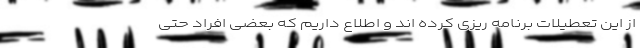
از این تعطیلات برنامه ریزی کرده اند و اطلاع داریم که بعضی افراد حتی